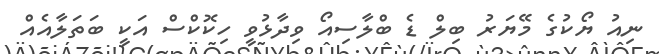
ނިއު ޔޯކުގެ މޭޔަރު ބިލް ޑެ ބްލާސިއޯ ވިދާޅުވީ ހިކޮކްސް އަކީ ބަތަލާއެއް